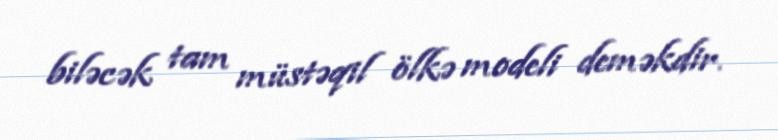
biləcək tam müstəqil ölkə modeli deməkdir.